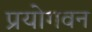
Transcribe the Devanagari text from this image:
प्रयोगवन